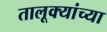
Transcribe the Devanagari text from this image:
तालूक्यांच्या